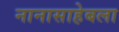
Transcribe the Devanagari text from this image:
नानासाहेबला